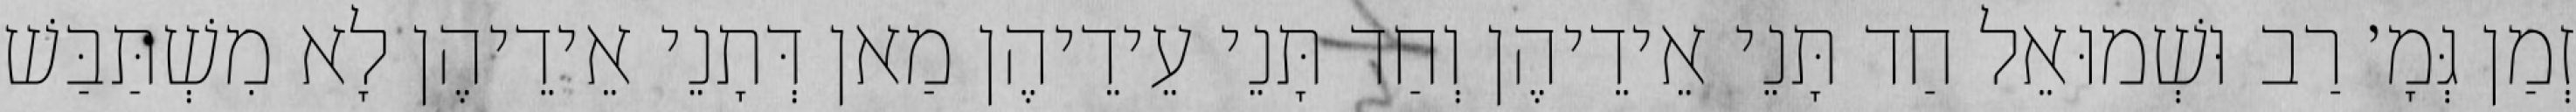
זְמַן גְּמָ׳ רַב וּשְׁמוּאֵל חַד תָּנֵי אֵידֵיהֶן וְחַד תָּנֵי עֵידֵיהֶן מַאן דְּתָנֵי אֵידֵיהֶן לָא מִשְׁתַּבַּשׁ